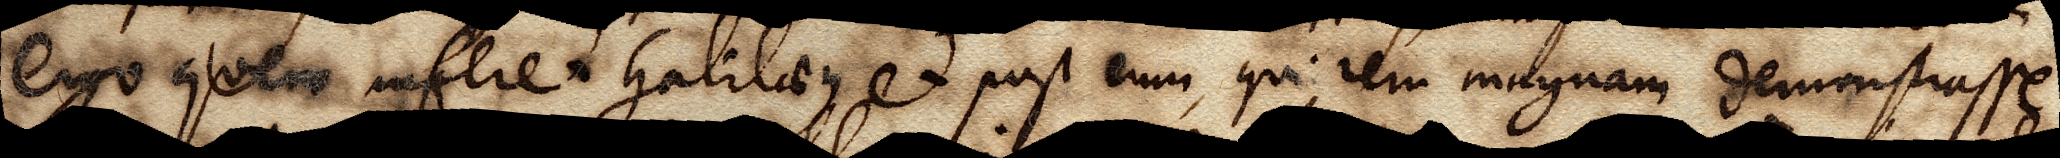
ergo quem inferet Galilaeus et post eum, qui rem magnam demonstrasse